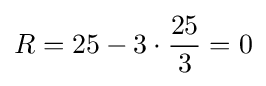
R=25-3\cdot {\frac {25}{3}}=0